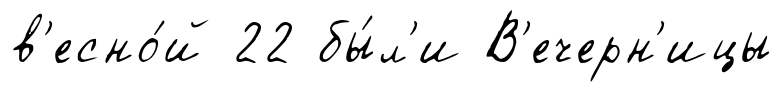
в'есно́й 22 бы́л'и В'ечерн'ицы